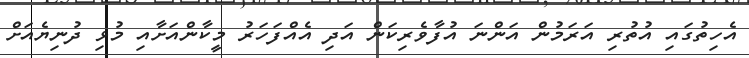
އެހިތުގައި އުތުރި އަރަމުން އަންނަ އުފާވެރިކަން އަދި އެއްފަހަރު މީކާންއަށާއި މުޅި ދުނިޔެއަށް